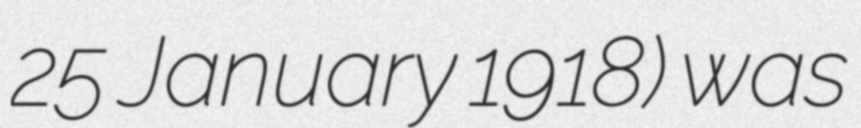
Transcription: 25 January 1918) was